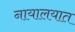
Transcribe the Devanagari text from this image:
नायालयात